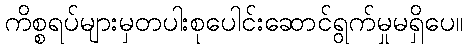
ကိစ္စရပ်များမှတပါးစုပေါင်းဆောင်ရွက်မှုမရှိပေ။